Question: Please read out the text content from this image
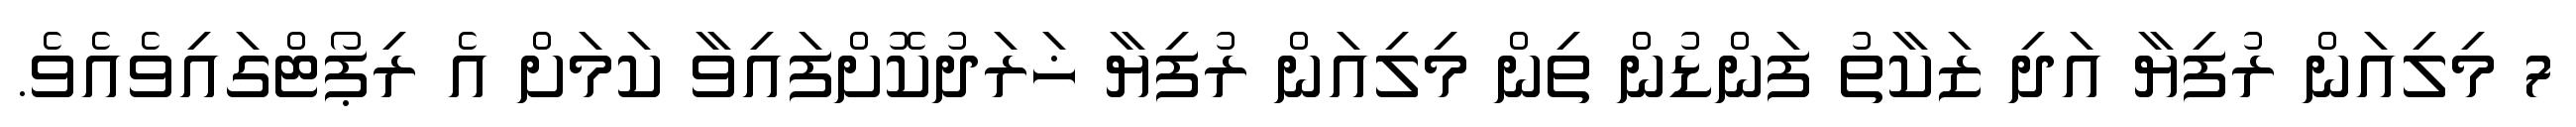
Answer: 7 މިލިއަން ރުފިޔާ އަދި ޒަކާތު ފަންޑުން ތިން މިލިއަން ރުފިޔާ ޚަރަދުކޮށްފައިވާ ކަމަށް އެ ރިޕޯޓްގައިވެއެވެ.